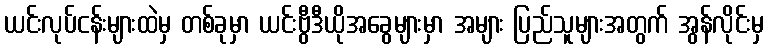
ယင်းလုပ်ငန်းများထဲမှ တစ်ခုမှာ ယင်းဗွီဒီယိုအခွေများမှာ အများ ပြည်သူများအတွက် အွန်လိုင်းမှ